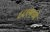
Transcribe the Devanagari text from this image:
८८९मध्ये